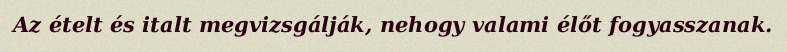
Az ételt és italt megvizsgálják, nehogy valami élőt fogyasszanak.